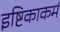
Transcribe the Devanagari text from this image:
इष्टिकाकर्म